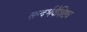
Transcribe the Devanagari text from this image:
सन्दर्भवैशिष्ट्य